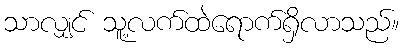
သာလျှင် သူ့လက်ထဲရောက်ရှိလာသည်။